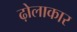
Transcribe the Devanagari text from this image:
ढ़ोलाकार